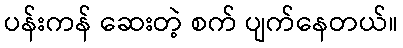
ပန်းကန် ဆေးတဲ့ စက် ပျက်နေတယ်။